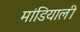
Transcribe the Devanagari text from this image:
मांडियाली